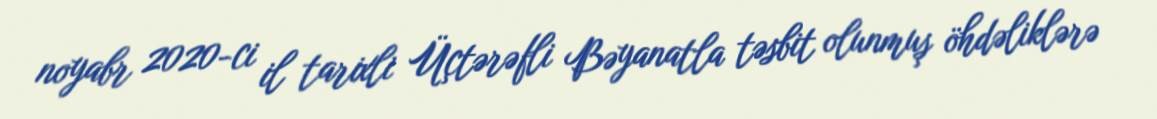
noyabr 2020-ci il tarixli Üçtərəfli Bəyanatla təsbit olunmuş öhdəliklərə